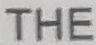
THE